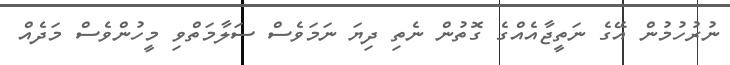
ނުރުހުމުން އޭގެ ނަތީޖާއެއްގެ ގޮތުން ނެތި ދިޔަ ނަމަވެސް ސަލާމަތްވި މީހުންވެސް މަދެއް